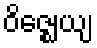
ဝိဇ္ဈေယျ